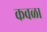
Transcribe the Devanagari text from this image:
कवळा